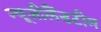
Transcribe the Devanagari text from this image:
न्यूजीलैंडटीम